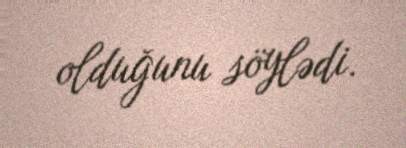
olduğunu söylədi.